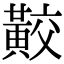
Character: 𪏁